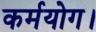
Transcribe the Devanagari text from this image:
कर्मयोग।